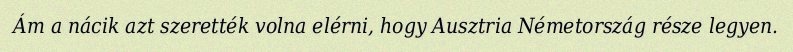
Ám a nácik azt szerették volna elérni, hogy Ausztria Németország része legyen.